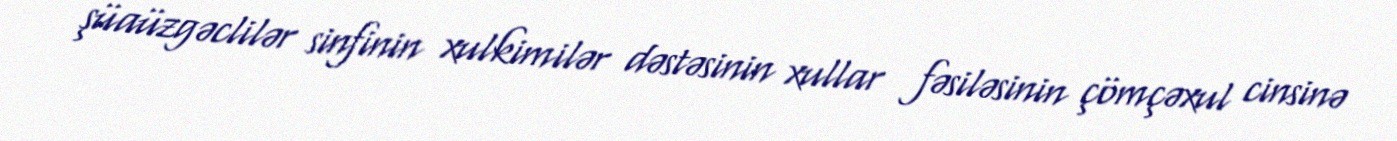
şüaüzgəclilər sinfinin xulkimilər dəstəsinin xullar fəsiləsinin çömçəxul cinsinə